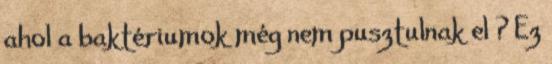
ahol a baktériumok még nem pusztulnak el ? Ez